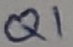
Text: Q1